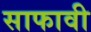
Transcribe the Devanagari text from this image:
साफावी